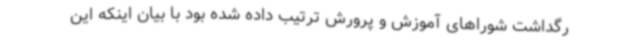
رگداشت شوراهای آموزش و پرورش ترتیب داده شده بود با بیان اینکه این